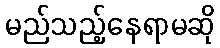
မည်သည့်နေရာမဆို